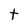
Character: t